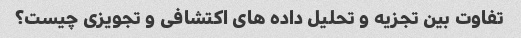
تفاوت بین تجزیه و تحلیل داده های اکتشافی و تجویزی چیست؟